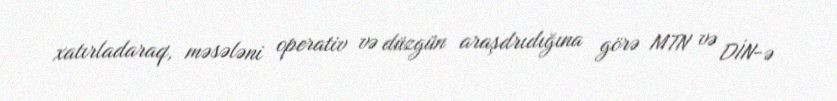
xatırladaraq, məsələni operativ və düzgün araşdrıdığına görə MTN və DİN-ə